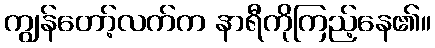
ကျွန်တော့်လက်က နာရီကိုကြည့်နေ၏။